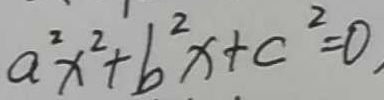
a ^ { 2 } x ^ { 2 } + b ^ { 2 } x + c ^ { 2 } = 0